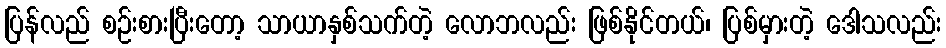
ပြန်လည် စဉ်းစားပြီးတော့ သာယာနှစ်သက်တဲ့ လောဘလည်း ဖြစ်နိုင်တယ်၊ ပြစ်မှားတဲ့ ဒေါသလည်း